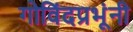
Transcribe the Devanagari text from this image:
गोविंदप्रभूंनी